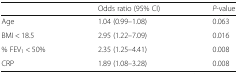
|  | Odds ratio (95% CI) | P-value |
 | --- | --- | --- |
 | Age | 1.04 (0.99–1.08) | 0.063 |
 | BMI < 18.5 | 2.95 (1.22–7.09) | 0.016 |
 | % FEV1 < 50% | 2.35 (1.25–4.41) | 0.008 |
 | CRP | 1.89 (1.08–3.28) | 0.008 |